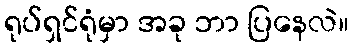
ရုပ်ရှင်ရုံမှာ အခု ဘာ ပြနေလဲ။